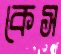
কেস